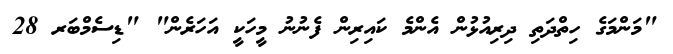
"މަންމަގެ ހިތްދަތި ދިރިއުޅުން އެންމެ ކައިރިން ފެނުނު މީހަކީ އަހަރެން" "ޑިސެމްބަރ 28